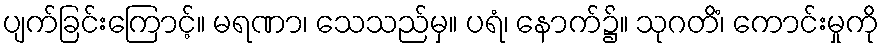
ပျက်ခြင်းကြောင့်။ မရဏာ၊ သေသည်မှ။ ပရံ၊ နောက်၌။ သုဂတိံ၊ ကောင်းမှုကို